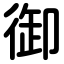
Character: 御